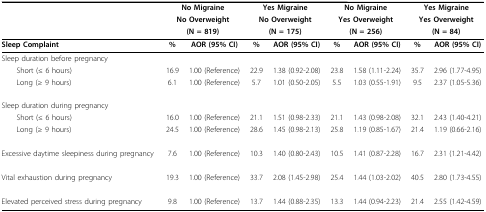
|  | <COLSPAN=2> No Migraine | <COLSPAN=2> Yes Migraine | <COLSPAN=2> No Migraine | <COLSPAN=2> Yes Migraine |
 |  | <COLSPAN=2> No Overweight | <COLSPAN=2> No Overweight | <COLSPAN=2> Yes Overweight | <COLSPAN=2> Yes Overweight |
 |  | <COLSPAN=2> (N = 819) | <COLSPAN=2> (N = 175) | <COLSPAN=2> (N = 256) | <COLSPAN=2> (N = 84) |
 | --- | --- | --- | --- | --- | --- | --- | --- | --- |
 | Sleep Complaint | % | AOR (95% CI) | % | AOR (95% CI) | % | AOR (95% CI) | % | AOR (95% CI) |
 | Sleep duration before pregnancy |  |  |  |  |  |  |  |  |
 | Short (≤ 6 hours) | 16.9 | 1.00 (Reference) | 22.9 | 1.38 (0.92-2.08) | 23.8 | 1.58 (1.11-2.24) | 35.7 | 2.96 (1.77-4.95) |
 | Long (≥ 9 hours) | 6.1 | 1.00 (Reference) | 5.7 | 1.01 (0.50-2.05) | 5.5 | 1.03 (0.55-1.91) | 9.5 | 2.37 (1.05-5.36) |
 | Sleep duration during pregnancy |  |  |  |  |  |  |  |  |
 | Short (≤ 6 hours) | 16.0 | 1.00 (Reference) | 21.1 | 1.51 (0.98-2.33) | 21.1 | 1.43 (0.98-2.08) | 32.1 | 2.43 (1.40-4.21) |
 | Long (≥ 9 hours) | 24.5 | 1.00 (Reference) | 28.6 | 1.45 (0.98-2.13) | 25.8 | 1.19 (0.85-1.67) | 21.4 | 1.19 (0.66-2.16) |
 | Excessive daytime sleepiness during pregnancy | 7.6 | 1.00 (Reference) | 10.3 | 1.40 (0.80-2.43) | 10.5 | 1.41 (0.87-2.28) | 16.7 | 2.31 (1.21-4.42) |
 | Vital exhaustion during pregnancy | 19.3 | 1.00 (Reference) | 33.7 | 2.08 (1.45-2.98) | 25.4 | 1.44 (1.03-2.02) | 40.5 | 2.80 (1.73-4.55) |
 | Elevated perceived stress during pregnancy | 9.8 | 1.00 (Reference) | 13.7 | 1.44 (0.88-2.35) | 13.3 | 1.44 (0.94-2.23) | 21.4 | 2.55 (1.42-4.59) |